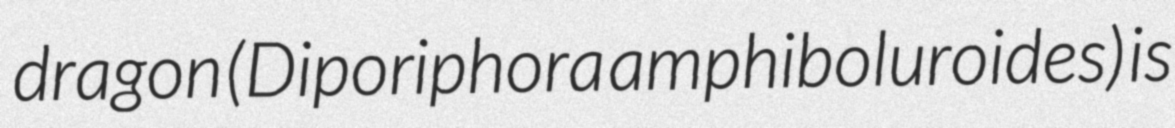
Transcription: dragon (Diporiphora amphiboluroides) is